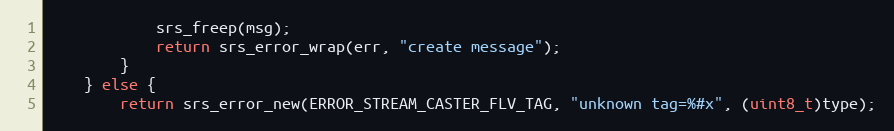
Language: C++
            srs_freep(msg);
            return srs_error_wrap(err, "create message");
        }
    } else {
        return srs_error_new(ERROR_STREAM_CASTER_FLV_TAG, "unknown tag=%#x", (uint8_t)type);